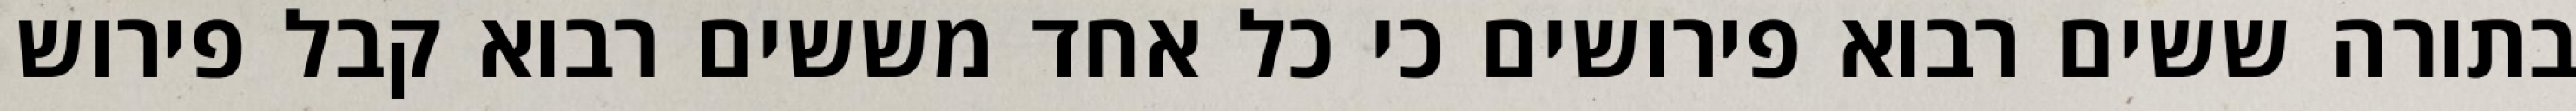
בתורה ששים רבוא פירושים כי כל אחד מששים רבוא קבל פירוש